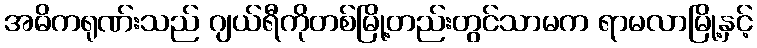
အဓိကရုဏ်းသည် ဂျယ်ရီကိုတစ်မြို့တည်းတွင်သာမက ရာမလာမြို့နှင့်